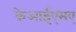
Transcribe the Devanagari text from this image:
केआईएसए